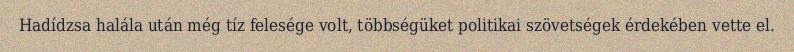
Hadídzsa halála után még tíz felesége volt, többségüket politikai szövetségek érdekében vette el.